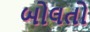
બોલતો